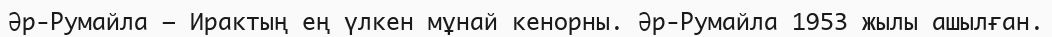
Әр-Румайла — Ирактың ең үлкен мұнай кенорны. Әр-Румайла 1953 жылы ашылған.